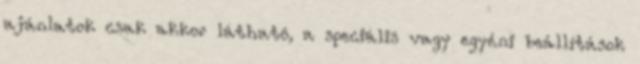
ajánlatok csak akkor látható, a speciális vagy egyéni beállítások